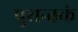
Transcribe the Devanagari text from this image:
पुरान्तकं